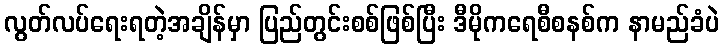
လွတ်လပ်ရေးရတဲ့အချိန်မှာ ပြည်တွင်းစစ်ဖြစ်ပြီး ဒီမိုကရေစီစနစ်က နာမည်ခံပဲ